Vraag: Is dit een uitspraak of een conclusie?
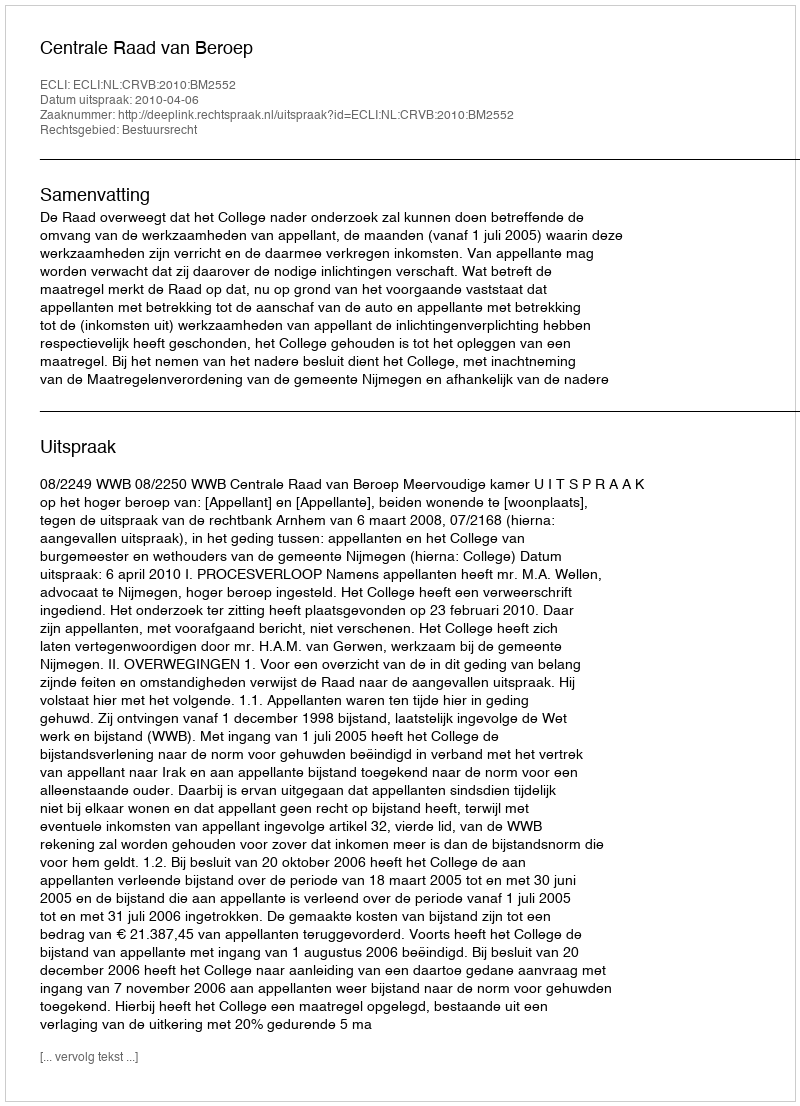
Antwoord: Uitspraak